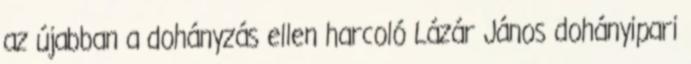
az újabban a dohányzás ellen harcoló Lázár János dohányipari